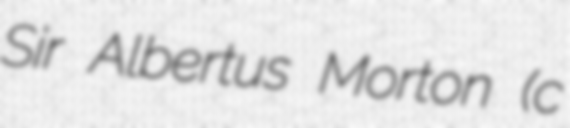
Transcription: Sir Albertus Morton (c